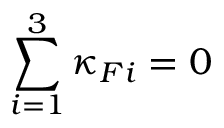
\sum _ { i = 1 } ^ { 3 } \kappa _ { { \/ F } i } = 0